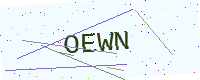
Text: OEWN